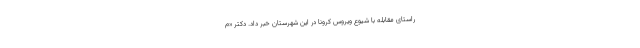
راستای مقابله با شیوع ویروس کرونا در این شهرستان خبر داد. دکتر «م